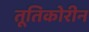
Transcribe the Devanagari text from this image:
तूतिकोरीन